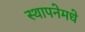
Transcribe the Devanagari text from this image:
स्थापनेमधे